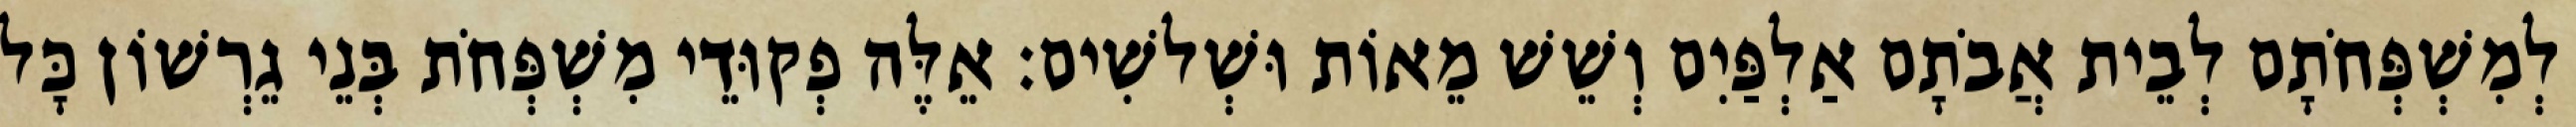
לְמִשְׁפְּחֹתָם לְבֵית אֲבֹתָם אַלְפַּיִם וְשֵׁשׁ מֵאוֹת וּשְׁלשִׁים׃ אֵלֶּה פְקוּדֵי מִשְׁפְּחֹת בְּנֵי גֵרְשׁוֹן כָּל